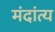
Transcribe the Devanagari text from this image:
मंदांत्य